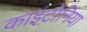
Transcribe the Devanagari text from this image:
काइटोनिया